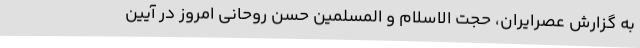
به گزارش عصرایران، حجت الاسلام و المسلمین حسن روحانی امروز در آیین